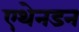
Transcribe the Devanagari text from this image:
एथेनडन